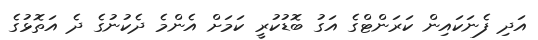
އަދި ފެނަކައިން ކަރަންޓްގެ އަގު ބޮޑުކުރީ ކަމަށް އެންމެ ދެކުނުގެ ދެ އަތޮޅުގެ